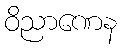
ဝိညာဏေန